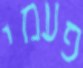
פעמי